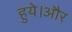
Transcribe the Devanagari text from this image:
हुये।और